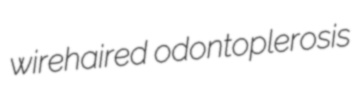
wirehaired odontoplerosis